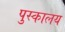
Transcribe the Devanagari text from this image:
पुस्‍कालय